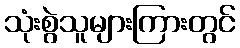
သုံးစွဲသူများကြားတွင်